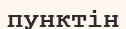
пунктін